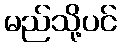
မည်သို့ပင်